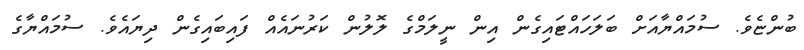
ބުންޏެވެ. ސުމައްޔާއަށް ބަލަހައްޓައިގެން އިން ނީލަމްގެ ލޮލުން ކަރުނައެއް ފައިބައިގެން ދިޔައެވެ. ސުމައްޔާގެ